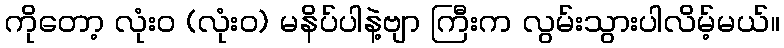
ကိုတော့ လုံးဝ (လုံးဝ) မနိပ်ပါနဲ့ဗျာ ကြီးက လွမ်းသွားပါလိမ့်မယ်။